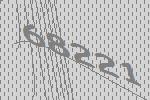
68221